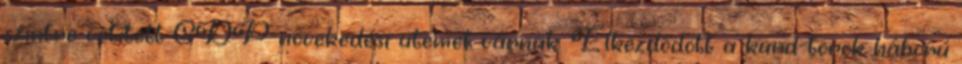
szintre vetített GDP-növekedési ütemet várnak. Elkezdődött a kurd-török háború